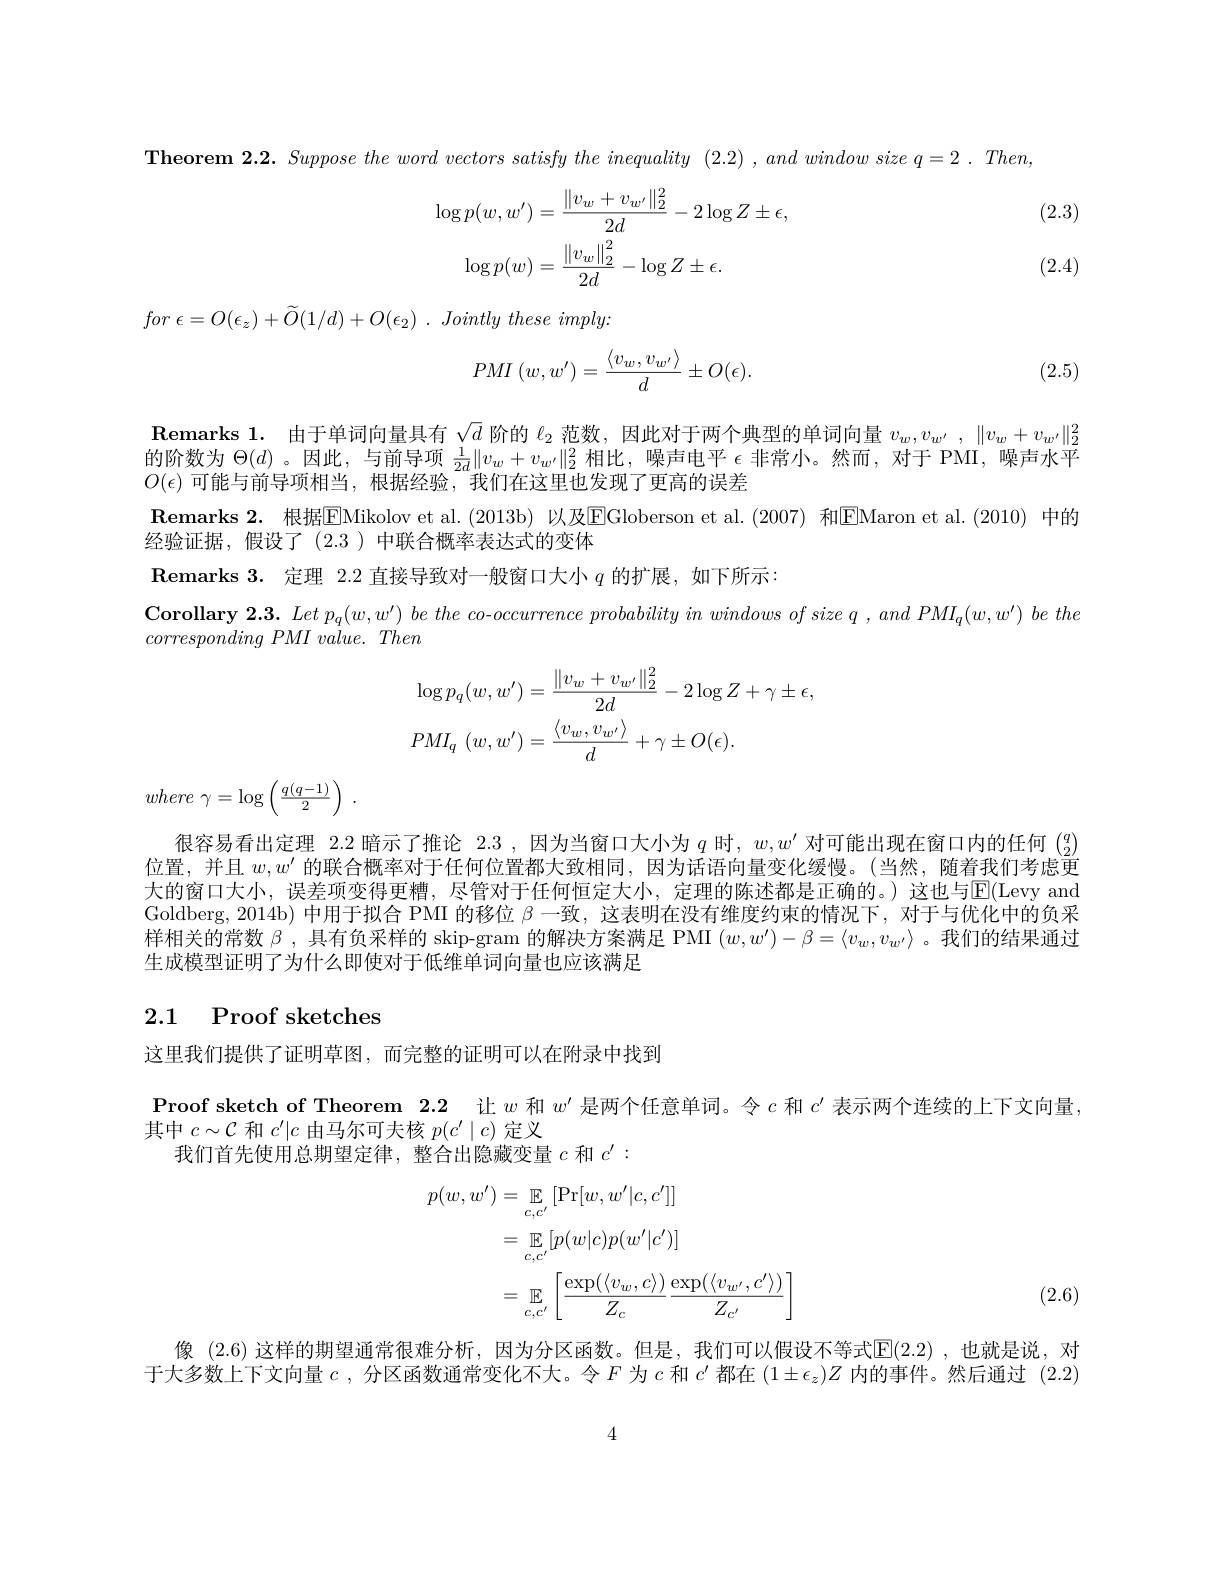
$\textbf{Theorem 2. 2. Suppose the word vectors satisfy the inequality ( 2. 2) , and window size q= 2\:. \:Then, }$

(2.3)
$$\begin{aligned}\log p(w,w^{\prime})&=\frac{\|v_{w}+v_{w^{\prime}}\|_{2}^{2}}{2d}-2\log Z\pm\epsilon,\\\log p(w)&=\frac{\|v_{w}\|_{2}^{2}}{2d}-\log Z\pm\epsilon.\end{aligned}$$
(2.4)

for $\epsilon = O( \epsilon _{z}) + \widetilde{O} ( 1/ d) + O( \epsilon _{2})$ . Jointly these $imply:$
$$PMI\left(w,w'\right)=\frac{\left\langle v_w,v_{w'}\right\rangle}{d}\pm O(\epsilon).$$
(2.5)

$\textbf{Remarks 1. 由 于 单 词 向 量 具 有 }\sqrt {d}$ 阶 的 $\ell _{2}$ 范 数 , 因 此 对 于 两 个 典 型 的 单 词 向 量 $v_{w}, v_{w^{\prime }}, \| v_{w}+ v_{w^{\prime }}\| _{2}^{2}$ 的 阶 数 为 $\Theta ( d)$ 。因 此 , 与 前 导 项 $\frac 1{2d}\| v_{w}+ v_{w^{\prime }}\| _{2}^{2}$ 相 比 , 噪 声 电 平 $\epsilon$ 非 常 小 。然 而 , 对 于 PMI, 噪 声 水 平
$O(\epsilon)$可能与前导项相当，根据经验，我们在这里也发现了更高的误差
$\textbf{Remarks 2. 根 据 EMikolov et al. ( 2013b) 以 及 EGloberson et al. ( 2007) 和 }$EMaron et al.(2010)中的
经验证据，假设了(2.3)中联合概率表达式的变体
$\textbf{Remarks 3. 定 理 2. 2 直 接 导 致 对 一 般 窗 口 大 小 }q$的扩展，如下所示：
$\mathbf{Corollary~2.3.~Let~p_{q}(w,w^{\prime})~be~the~co-occurrence~probability~in~windows~of~size~q~,~and~PMI_{q}(w,w^{\prime})~be~the~the~prollary~w^{\prime})~be~the~the~the~co~-occurrence~probability~in~windows~of~size~q~,~and~PMI_{q}(w,w^{\prime})~be~the~the~the~the~co~-occur}$
$corresponding~PMI~value.~Then$
$$\begin{aligned}&\log p_{q}(w,w^{\prime})=\frac{\|v_{w}+v_{w^{\prime}}\|_{2}^{2}}{2d}-2\log Z+\gamma\pm\epsilon,\\&PMI_{q}\:(w,w^{\prime})=\frac{\langle v_{w},v_{w^{\prime}}\rangle}{d}+\gamma\pm O(\epsilon).\end{aligned}$$
where $\gamma = \log \left ( \frac {q( q- 1) }2\right )$ .

很容易看出定理 2.2 暗示了推论 2.3 ,因为当窗口大小为$q$时，$w,w^\prime$对可能出现在窗口内的任何$\binom q2$ 位置，并且$w,w^\prime$的联合概率对于任何位置都大致相同，因为话语向量变化缓慢。(当然，随着我们考虑更大的窗口大小，误差项变得更糟，尽管对于任何恒定大小，定理的陈述都是正确的。)这也与$\mathbb{E}($Levy and Goldberg,2014b)中用于拟合 PMI 的移位$\beta$一致，这表明在没有维度约束的情况下，对于与优化中的负采样相关的常数$\beta$,具有负采样的 skip-gram 的解决方案满足 PMI $(w,w^{\prime})-\beta=\langle v_w,v_w^{\prime}\rangle$ 。我们的结果通过生成模型证明了为什么即使对于低维单词向量也应该满足

### 2.1 Proof sketches

这里我们提供了证明草图，而完整的证明可以在附录中找到

$\textbf{Proof sketch of Theorem 2. 2}$让$w$和$w^\prime$是两个任意单词。令$c$和$c^\prime$表示两个连续的上下文向量，
其中$c\sim\mathcal{C}$和$c^\prime|c$由马尔可夫核$p(c^\prime\mid c)$定义
我们首先使用总期望定律，整合出隐藏变量$c$和$c^{\prime}:$
$$\begin{aligned}p(w,w^{\prime})&=\:\mathbb{E}_{c,c^{\prime}}\left[\Pr[w,w^{\prime}|c,c^{\prime}]\right]\\&=\:\mathbb{E}_{c,c^{\prime}}[p(w|c)p(w^{\prime}|c^{\prime})]\\&=\:\mathbb{E}_{c,c^{\prime}}\left[\frac{\exp(\langle v_{w},c\rangle)}{Z_{c}}\frac{\exp(\langle v_{w^{\prime}},c^{\prime}\rangle)}{Z_{c^{\prime}}}\right]\end{aligned}$$
(2.6)

像 (2.6) 这样的期望通常很难分析，因为分区函数。但是，我们可以假设不等式$\mathbb{E}(2.2)$ ,也就是说，对于大多数上下文向量$c$ ,分区函数通常变化不大。令$F$为$c$和$c^\prime$都在$(1\pm\epsilon_z)Z$内的事件。然后通过(2.2)

4